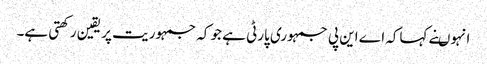
انہوںنے کہاکہ اے این پی جمہوری پارٹی ہے جو کہ جمہوریت پر یقین ر کھتی ہے۔